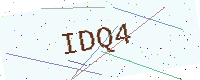
Text: IDQ4